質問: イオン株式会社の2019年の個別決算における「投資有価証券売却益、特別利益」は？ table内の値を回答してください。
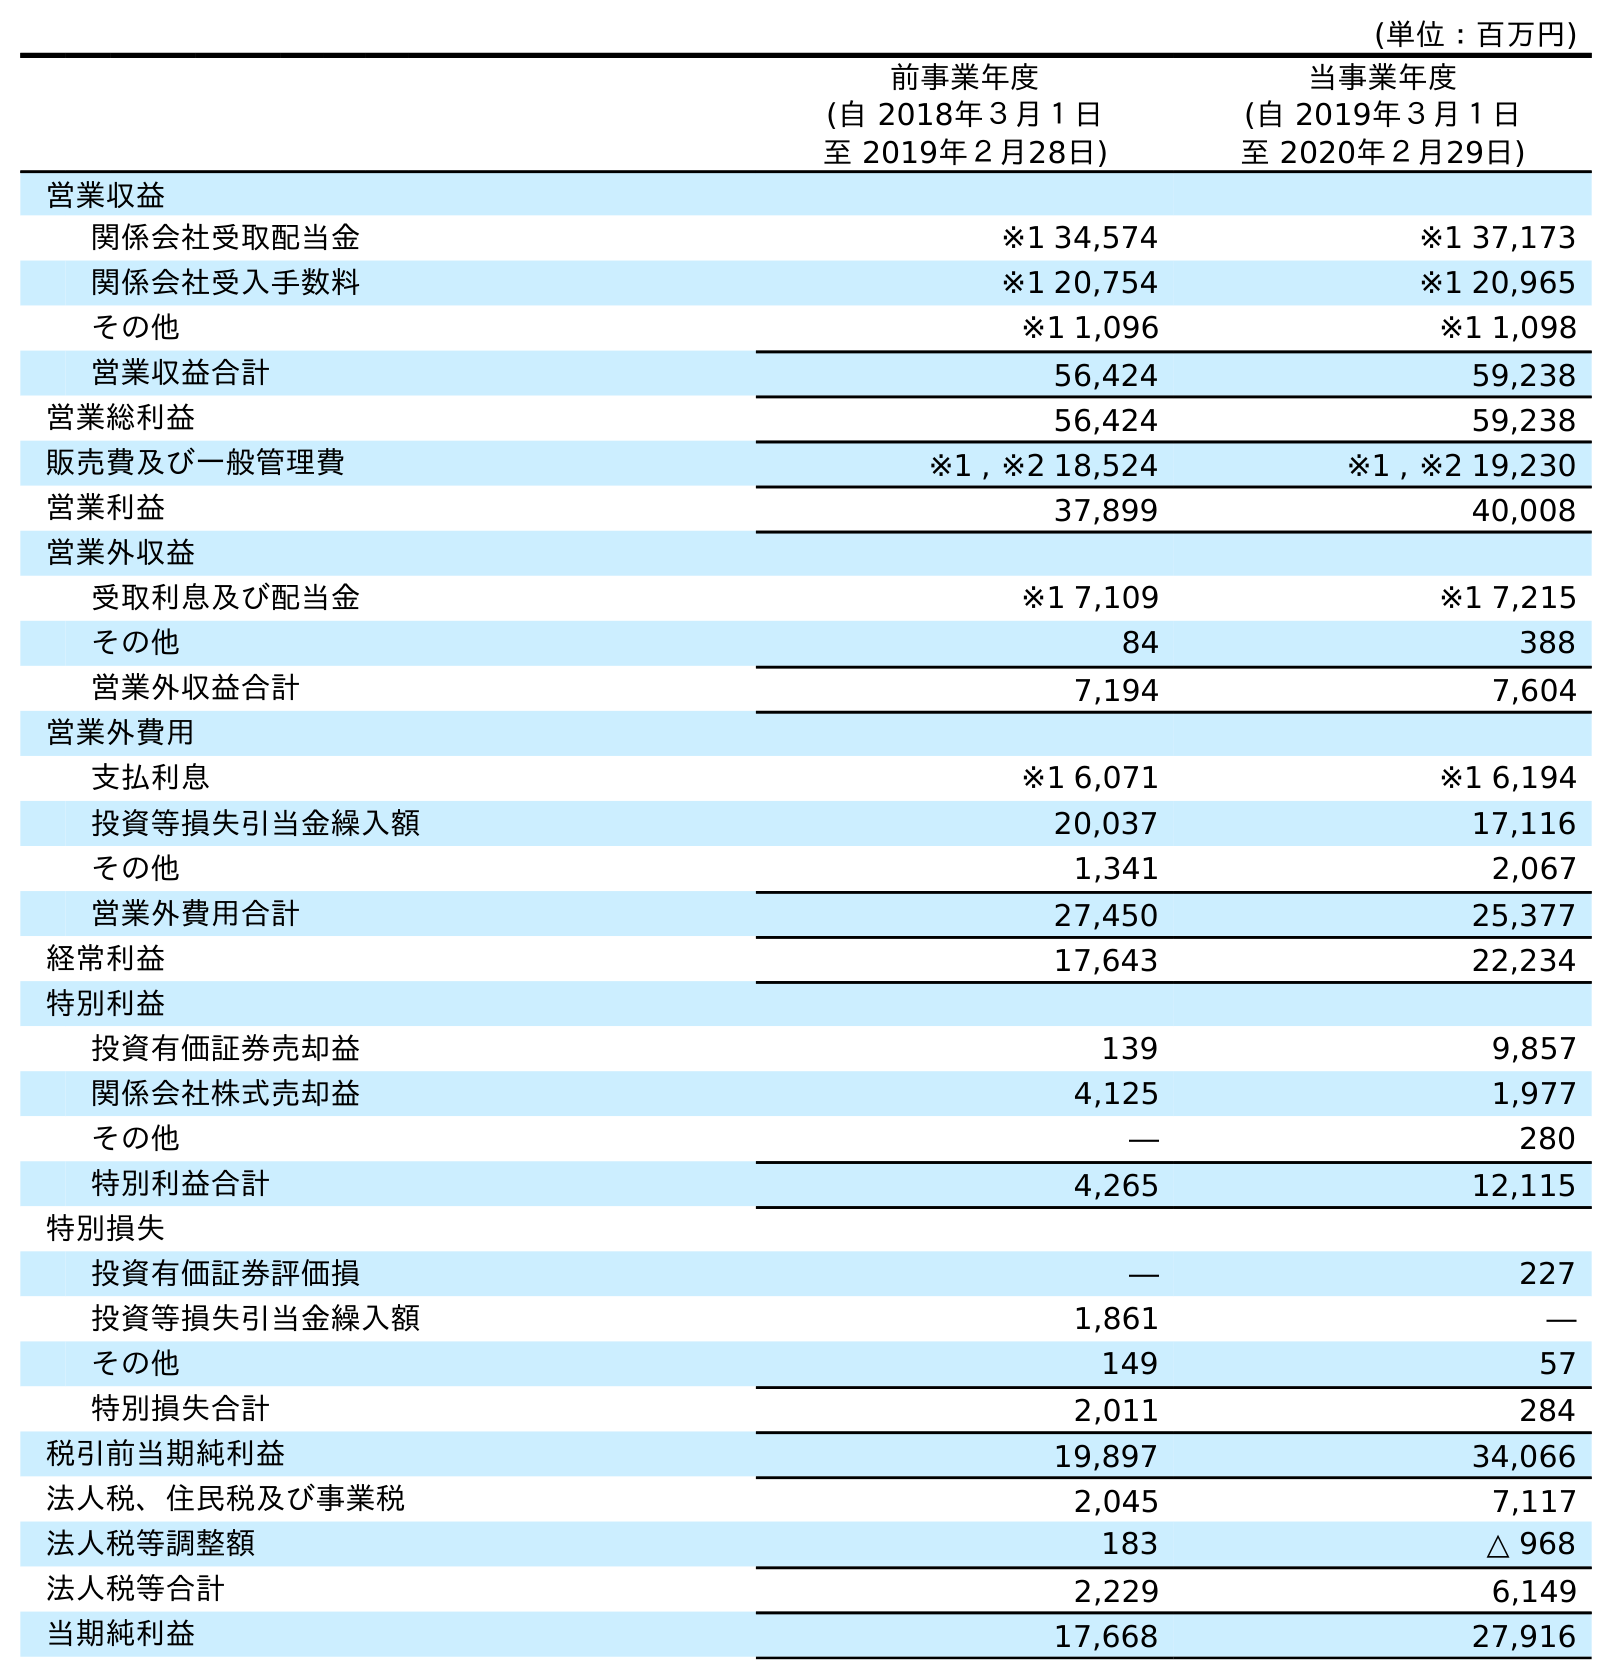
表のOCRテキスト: (単位：百万円) 前事業年度 (自 2018年３月１日 至 2019年２月28日) 当事業年度 (自 2019年３月１日 至 2020年２月29日) 営業収益 関係会社受取配当金 ※1 34,574 ※1 37,173 関係会社受入手数料 ※1 20,754 ※1 20,965 その他 ※1 1,096 ※1 1,098 営業収益合計 56,424 59,238 営業総利益 56,424 59,238 販売費及び一般管理費 ※1 , ※2 18,524 ※1 , ※2 19,230 営業利益 37,899 40,008 営業外収益 受取利息及び配当金 ※1 7,109 ※1 7,215 その他 84 388 営業外収益合計 7,194 7,604 営業外費用 支払利息 ※1 6,071 ※1 6,194 投資等損失引当金繰入額 20,037 17,116 その他 1,341 2,067 営業外費用合計 27,450 25,377 経常利益 17,643 22,234 特別利益 投資有価証券売却益 139 9,857 関係会社株式売却益 4,125 1,977 その他 ― 280 特別利益合計 4,265 12,115 特別損失 投資有価証券評価損 ― 227 投資等損失引当金繰入額 1,861 ― その他 149 57 特別損失合計 2,011 284 税引前当期純利益 19,897 34,066 法人税、住民税及び事業税 2,045 7,117 法人税等調整額 183 △ 968 法人税等合計 2,229 6,149 当期純利益 17,668 27,916
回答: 139